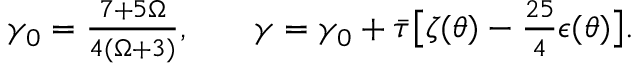
\begin{array} { r l r } { \gamma _ { 0 } = \frac { 7 + 5 \Omega } { 4 ( \Omega + 3 ) } , } & { { } } & { \gamma = \gamma _ { 0 } + \Bar { \tau } \bigl [ \zeta ( \theta ) - \frac { 2 5 } { 4 } \epsilon ( \theta ) \bigl ] . } \end{array}